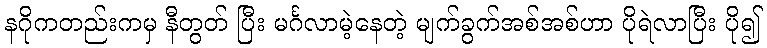
နဂိုကတည်းကမှ နီတွတ် ပြီး မင်္ဂလာမဲ့နေတဲ့ မျက်ခွက်အစ်အစ်ဟာ ပိုရဲလာပြီး ပို၍